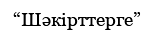
“Шәкірттерге”